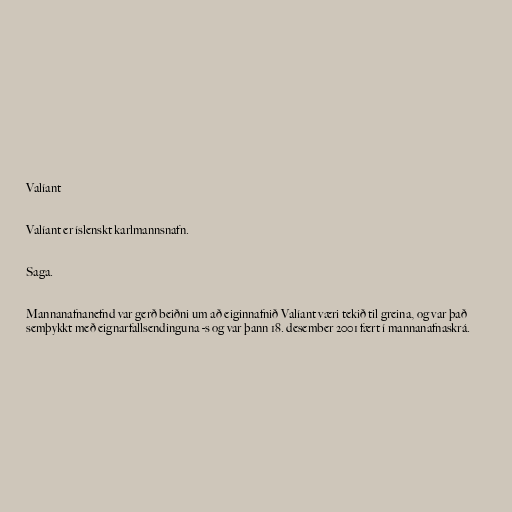
Valíant

Valíant er íslenskt karlmannsnafn.

Saga.

Mannanafnanefnd var gerð beiðni um að eiginnafnið Valíant væri tekið til greina, og var það
semþykkt með eignarfallsendinguna -s og var þann 18. desember 2001 fært í mannanafnaskrá.